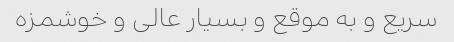
سریع و به موقع و بسیار عالی و خوشمزه